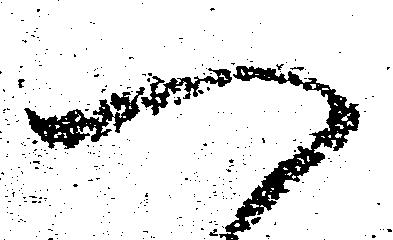
一